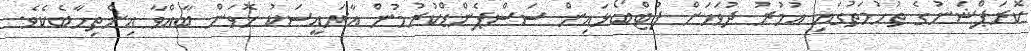
ކޮރަޕްޝަނުގެ ތުހުމަތުގައި އުމުރު ދުވަހަށް ފުޓްބޯޅައިން ސަސްޕެންޑްކުރުމުން އާރައީސަކު ހޮވަން ބާއްވާ އިންތިހާބެކެވެ.